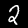
Digit: 2